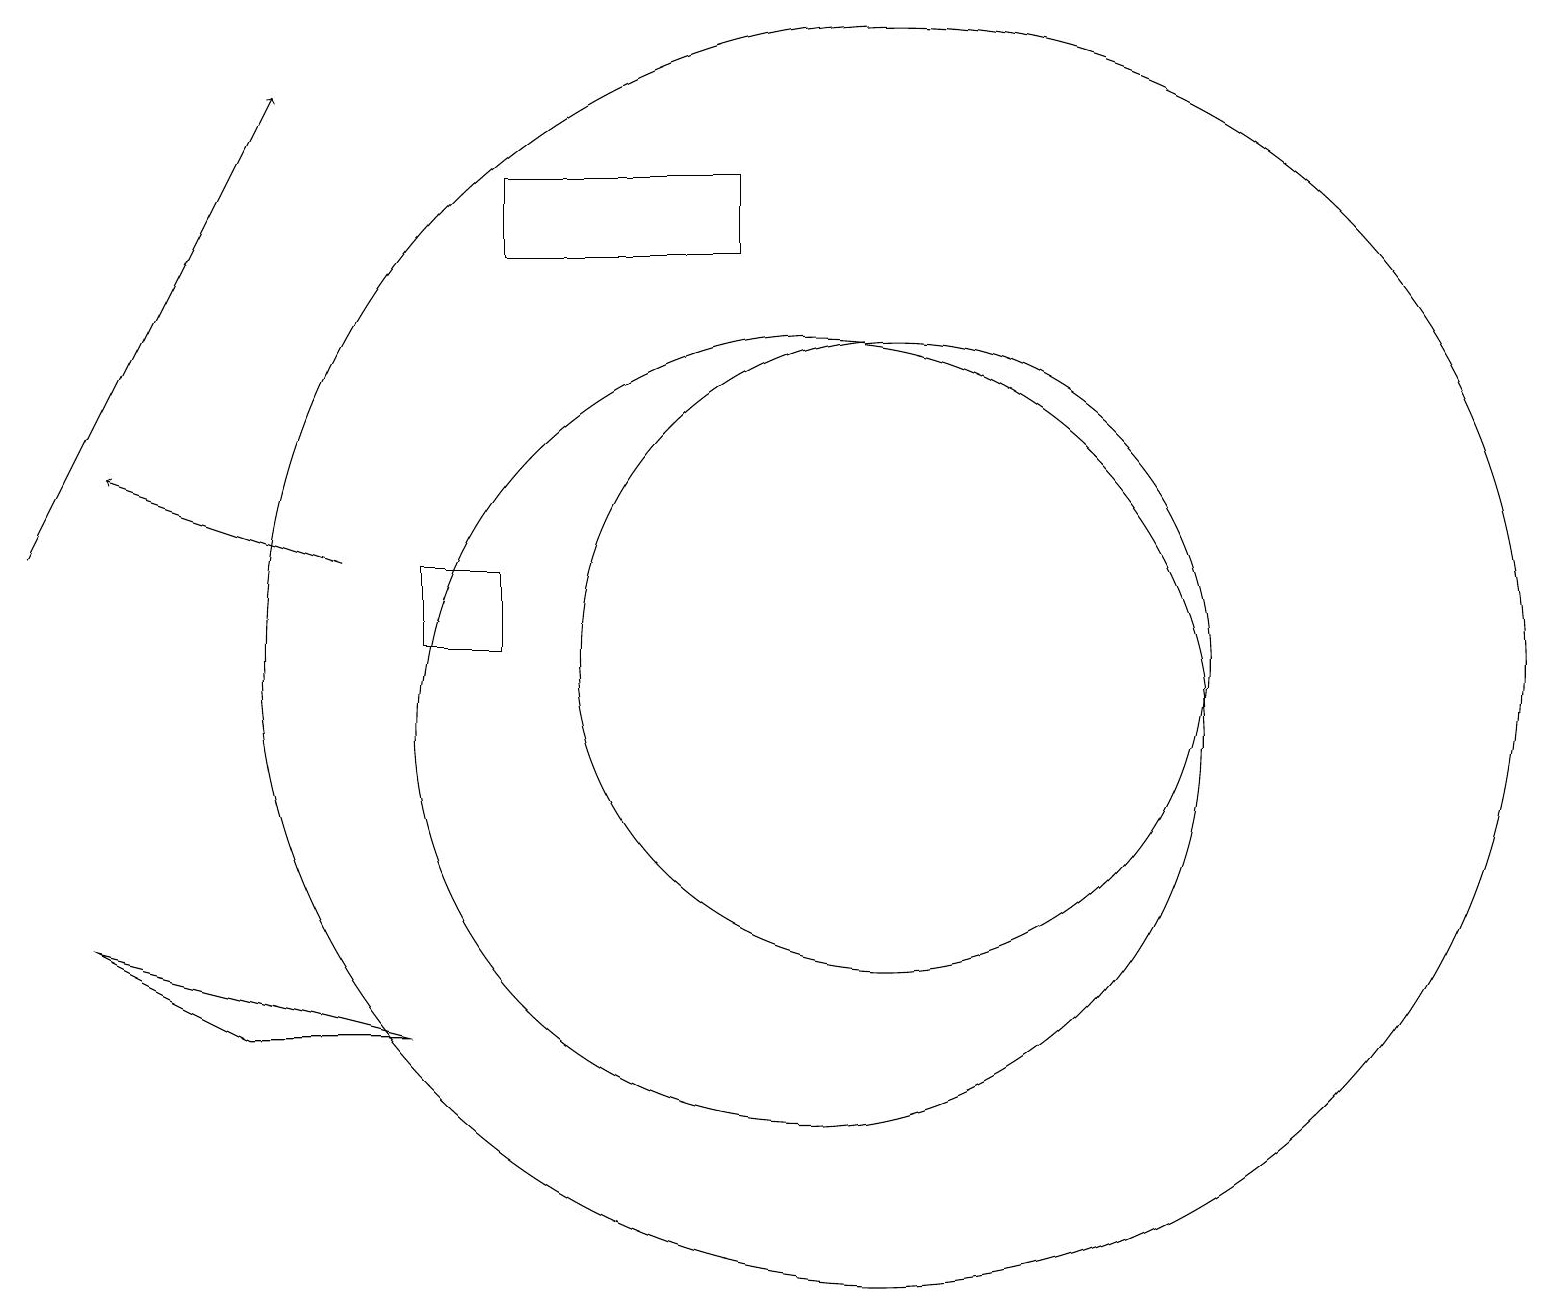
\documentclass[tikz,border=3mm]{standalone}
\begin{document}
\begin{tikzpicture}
\draw (9,17) rectangle (6,16);
\draw (11,11) circle (4);
\draw[->] (0,12) -- (3,18);
\draw (5,6) -- (3,6) -- (1,7) -- cycle;
\draw (10,10) circle (5);
\draw (6,12) rectangle (5,11);
\draw[->] (4,12) -- (1,13);
\draw (11,11) circle (8);
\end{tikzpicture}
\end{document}